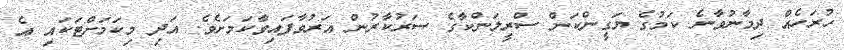
ހުރަހެއް ދިމާނުވާނެ ކަމުގެ ޔަގީންކަން ސްރީލަންކާގެ ސަރުކާރުން އަރުވާފައިވާކަމަށެވެ. އަދި މިކަމަށްޓަކައި އެ